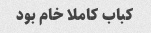
کباب کاملا خام بود